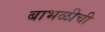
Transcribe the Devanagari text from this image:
बाभळीची